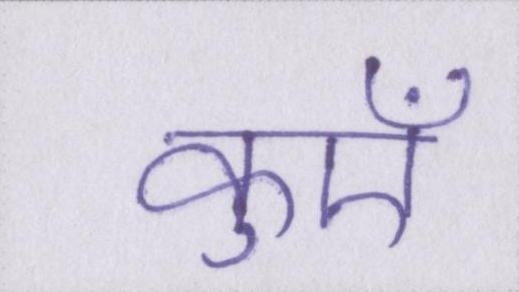
कुएँ